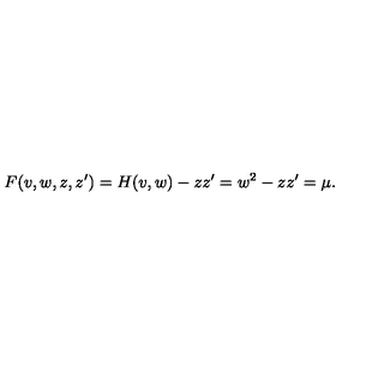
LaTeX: F ( v , w , z , z ^ { \prime } ) = H ( v , w ) - z z ^ { \prime } = w ^ { 2 } - z z ^ { \prime } = \mu .